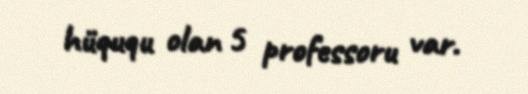
hüququ olan 5 professoru var.